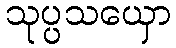
သုပ္ပသယှော